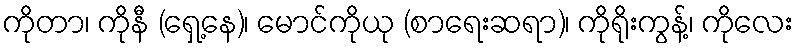
ကိုတာ၊ ကိုနီ (ရှေ့နေ)၊ မောင်ကိုယု (စာရေးဆရာ)၊ ကိုရိုးကွန့်၊ ကိုလေး